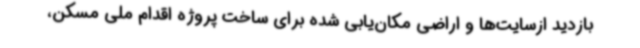
بازدید ازسایت‌ها و اراضی مکان‌یابی شده برای ساخت پروژه اقدام ملی مسکن،